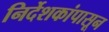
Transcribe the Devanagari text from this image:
निर्देशकांपासून